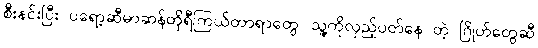
စီးနင်းပြီး ပရော့ဆီမာဆန်တိုရီကြယ်တာရာတွေ၊ သူ့ကိုလှည့်ပတ်နေ တဲ့ ဂြိုဟ်တွေဆီ